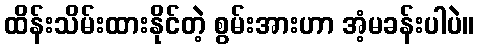
ထိန်းသိမ်းထားနိုင်တဲ့ စွမ်းအားဟာ အံ့မခန်းပါပဲ။